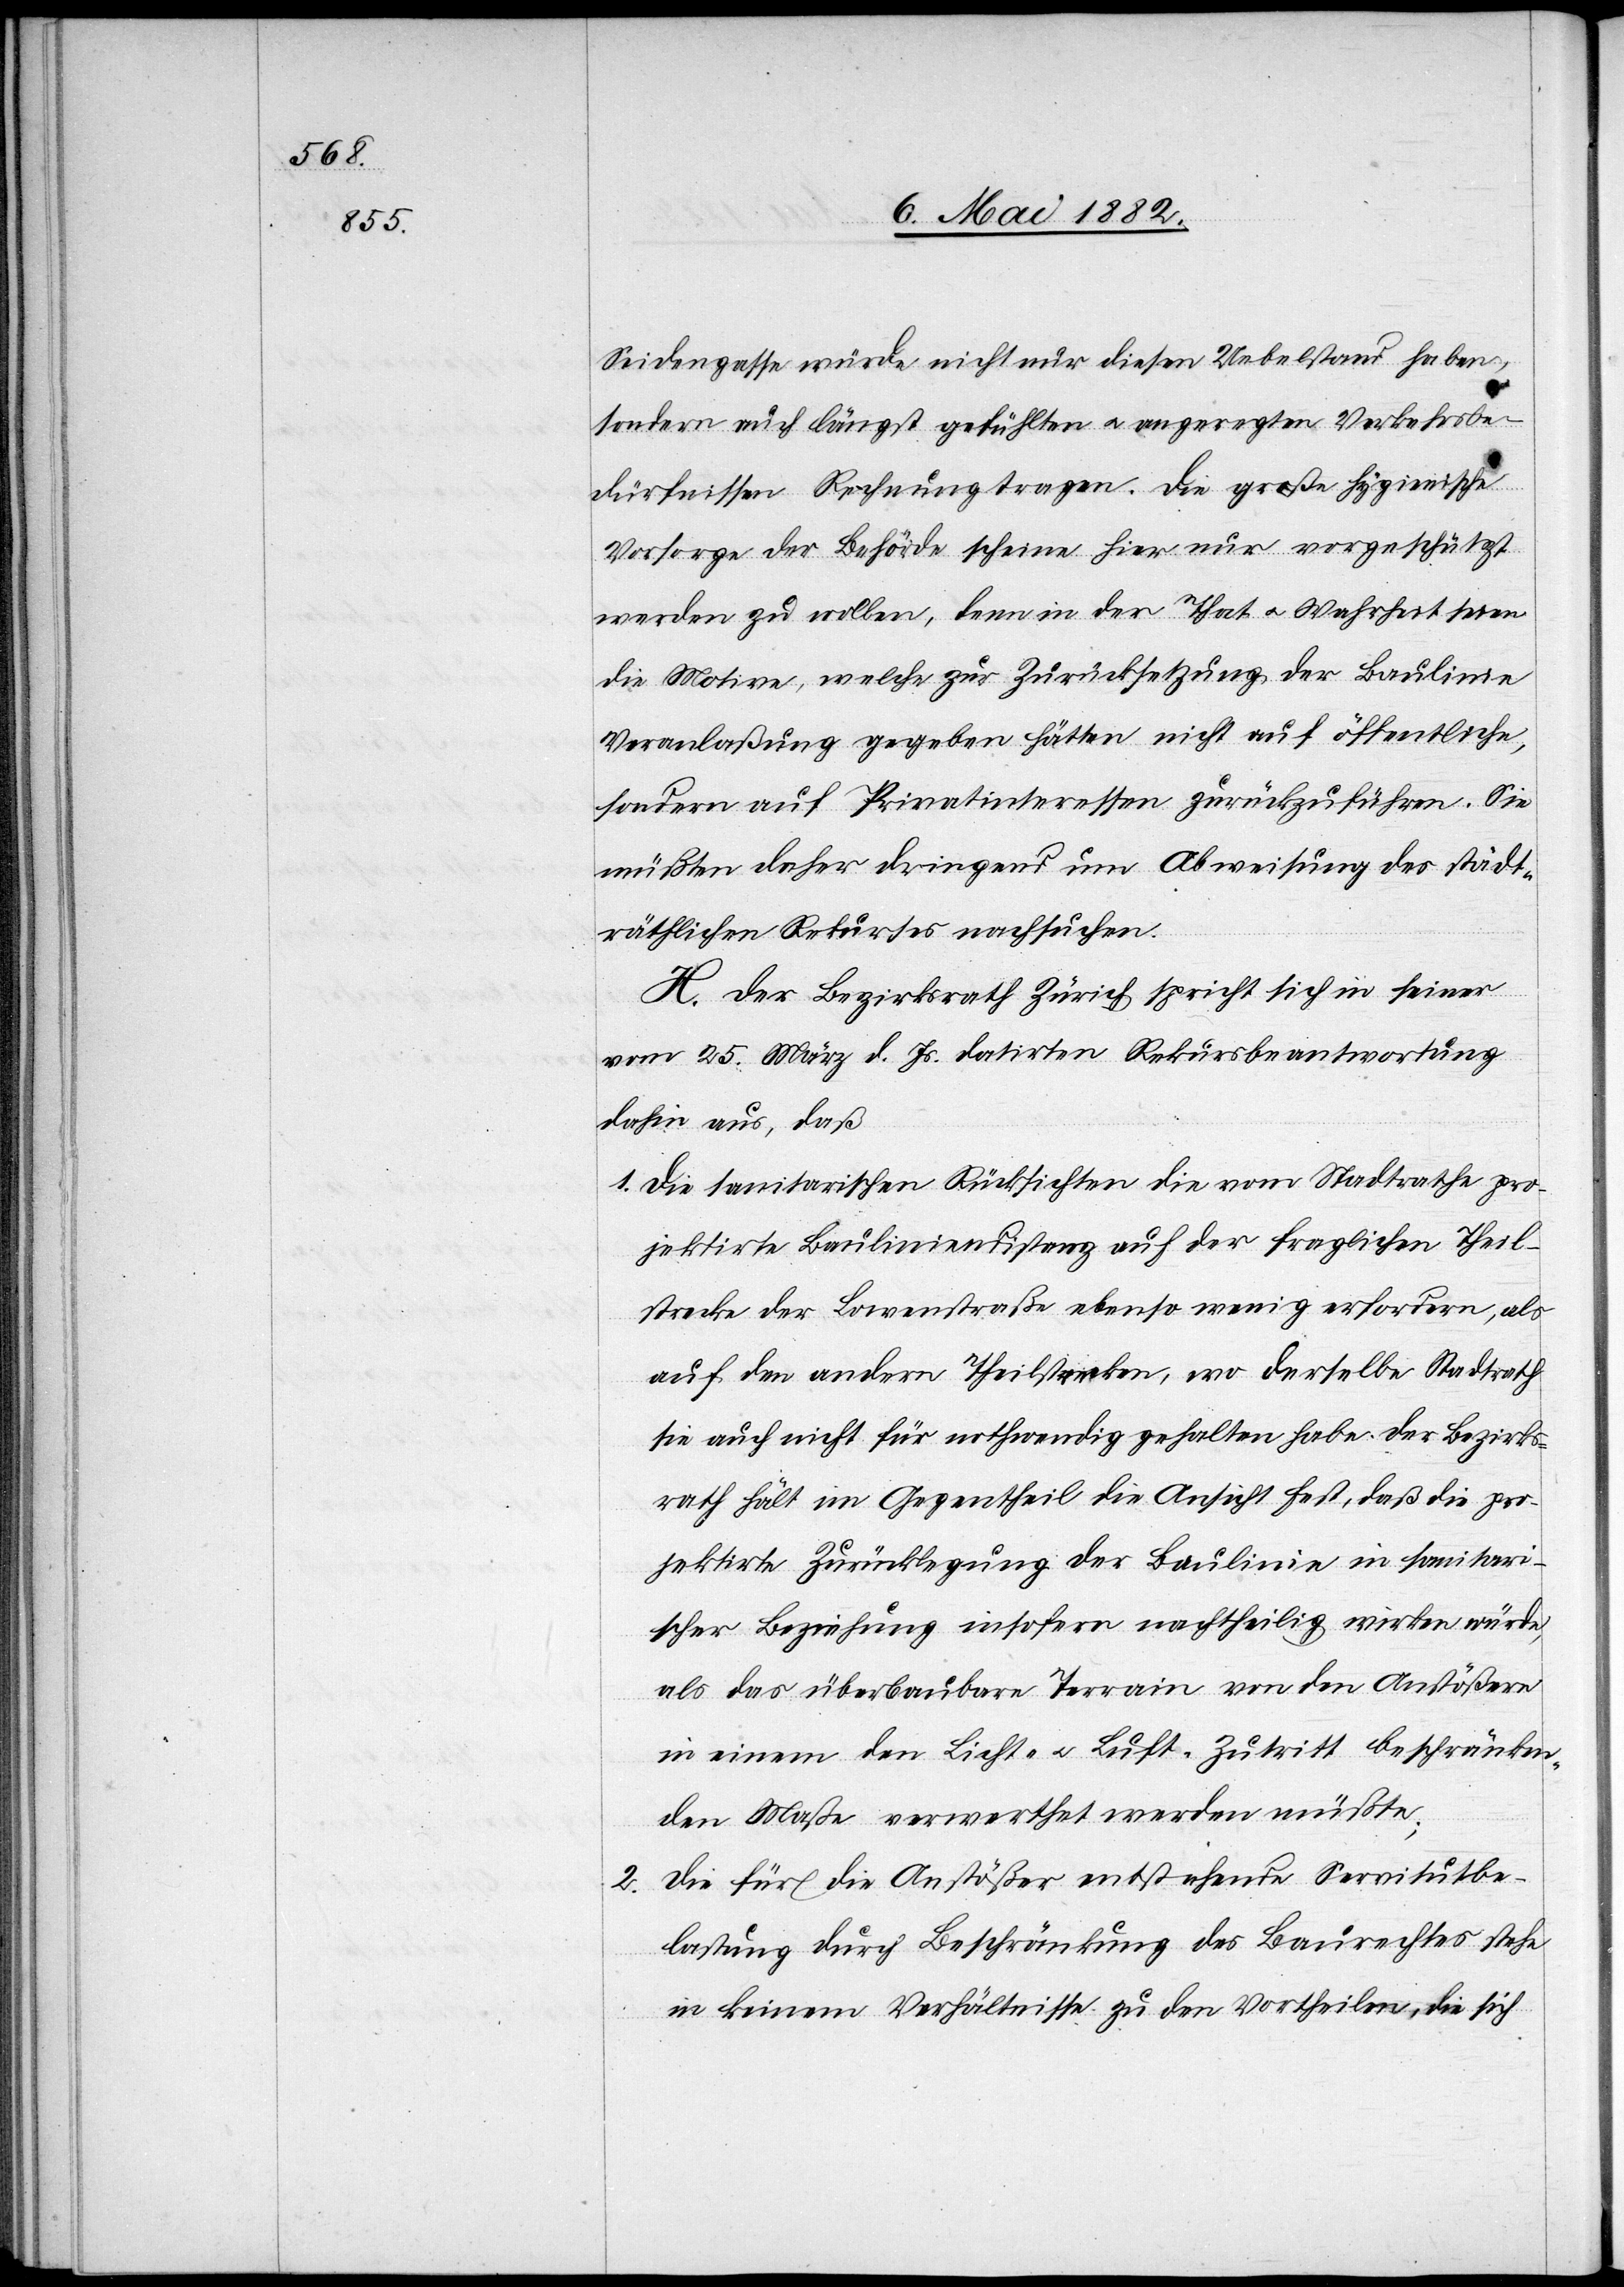
Seidengasse würde nicht nur diesen Uebelstand heben,
sondern auch längst gefühlten u. angeregten Verkehrsbe¬
dürfnissen Rechnung tragen. Die große hygienische
Vorsorge der Behörde scheine hier nur vorgeschützt
werden zu wollen, denn in der That u. Wahrheit seien
die Motive, welche zur Zurücksetzung der Baulinie
Veranlaßung gegeben hätten, nicht auf öffentliche,
sondern auf Privatinteressen zurückzuführen. Sie
müßten daher dringend um Abweisung des stadt¬
räthlichen Rekurses nachsuchen.
H. Der Bezirksrath Zürich spricht sich in seiner
vom 25. März d. Js. datirten Rekursbeantwortung
dahin aus, daß
1. Die sanitarischen Rücksichten die vom Stadtrathe pro¬
jektirte Bauliniendistanz auf der fraglichen Theil¬
strecke der Löwenstraße ebenso wenig erfordern, als
auf den andern Theilstrecken, wo derselbe Stadtrath
sie auch nicht für nothwendig gehalten habe. Der Bezirks¬
rath hält im Gegentheil die Ansicht fest, daß die pro¬
jektirte Zurücklegung der Baulinie in sanitari¬
scher Beziehung insofern nachtheilig wirken würde,
als das überbaubare Terrain von den Anstößern
in einem den Licht- u. Luft-Zutritt beschränken¬
den Maße verwerthet werden müßte;
2. Die für die Anstößer entstehende Servitutbe¬
lastung durch Beschränkung des Baurechtes stehe
in keinem Verhältnisse zu den Vortheilen, die sich